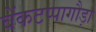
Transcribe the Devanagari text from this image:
वेंकटप्पागौड़ा